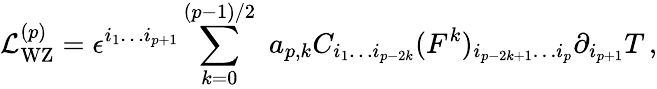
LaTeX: {\cal L}_{\mathrm{WZ}}^{(p)}=\epsilon^{i_{1}\ldots i_{p+1}}\sum_{k=0}^{(p-1)/2}\, \, a_{p,k}C_{i_{1}\ldots i_{p-2k}}(F^{k})_{i_{p-2k+1}\ldots i_{p}}\partial_{i_{p+1}}T\, ,